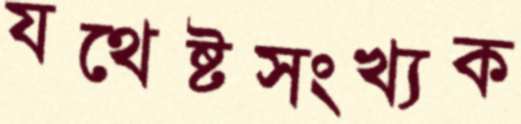
যথেষ্টসংখ্যক